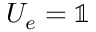
U _ { e } = \mathbb { 1 }